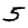
Digit: 5